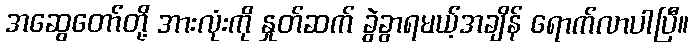
အဆွေတော်တို့ အားလုံးကို နှုတ်ဆက် ခွဲခွာရမယ့်အချိန် ရောက်လာပါပြီ။